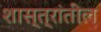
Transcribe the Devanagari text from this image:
शास्त्रांतील